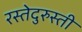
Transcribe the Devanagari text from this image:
रस्तेदुरुस्ती